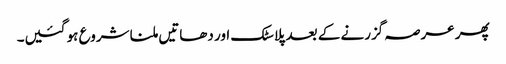
پھر عرصہ گزرنے کے بعد پلاسٹک اور دھاتیں ملنا شروع ہو گئیں۔